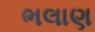
ભલાણ